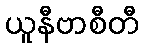
ယူနီဗာစီတီ